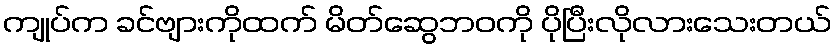
ကျုပ်က ခင်ဗျားကိုထက် မိတ်ဆွေဘဝကို ပိုပြီးလိုလားသေးတယ်